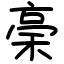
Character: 稁